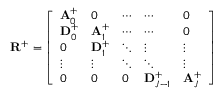
\mathbf { R } ^ { + } = \left[ \begin{array} { l l l l l } { \mathbf { A } _ { 0 } ^ { + } } & { 0 } & { \cdots } & { \cdots } & { 0 } \\ { \mathbf { D } _ { 0 } ^ { + } } & { \mathbf { A } _ { 1 } ^ { + } } & { \cdots } & { \cdots } & { 0 } \\ { 0 } & { \mathbf { D } _ { 1 } ^ { + } } & { \ddots } & { \vdots } & { \vdots } \\ { \vdots } & { \vdots } & { \ddots } & { \ddots } & { \vdots } \\ { 0 } & { 0 } & { 0 } & { \mathbf { D } _ { J - 1 } ^ { + } } & { \mathbf { A } _ { J } ^ { + } } \end{array} \right]